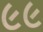
૯૯